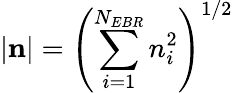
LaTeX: |\mathbf{n}|=\left(\sum_{i=1}^{N_{EBR}}n_{i}^{2}\right)^{1/2}